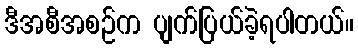
ဒီအစီအစဉ်က ပျက်ပြယ်ခဲ့ရပါတယ်။